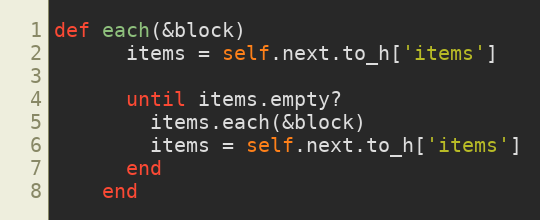
Language: Ruby
def each(&block)
      items = self.next.to_h['items']

      until items.empty?
        items.each(&block)
        items = self.next.to_h['items']
      end
    end